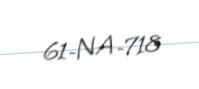
61-NA-718